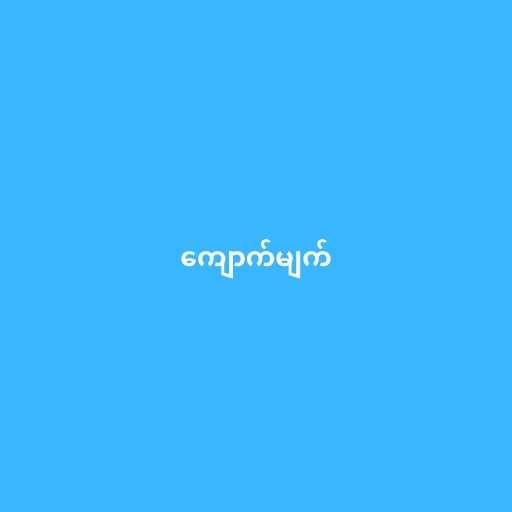
ကျောက်မျက်